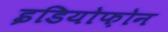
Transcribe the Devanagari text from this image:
इडियोफ़ोन